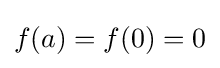
f(a)=f(0)=0